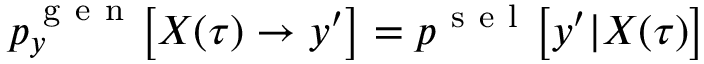
\begin{array} { r } { p _ { y } ^ { \mathrm { ~ g ~ e ~ n ~ } } \bigl [ X ( \tau ) \to y ^ { \prime } \bigr ] = p ^ { \mathrm { ~ s ~ e ~ l ~ } } \bigl [ y ^ { \prime } | X ( \tau ) \bigr ] } \end{array}